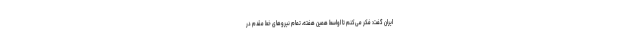
ایران گفت: فکر می‌کنم تا اواسط همین هفته، تمام نیروهای خط مقدم در